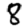
Digit: 8